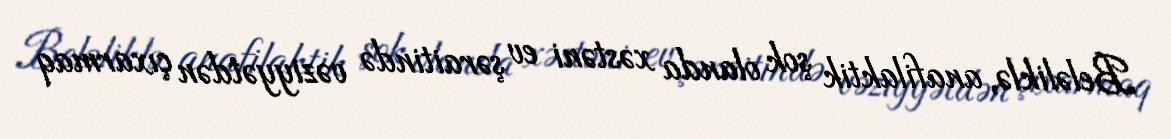
Beləliklə, anafilaktik şok olanda xəstəni ev şəraitində vəziyyətdən çıxarmaq